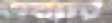
ওয়ারি